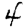
Digit: 4